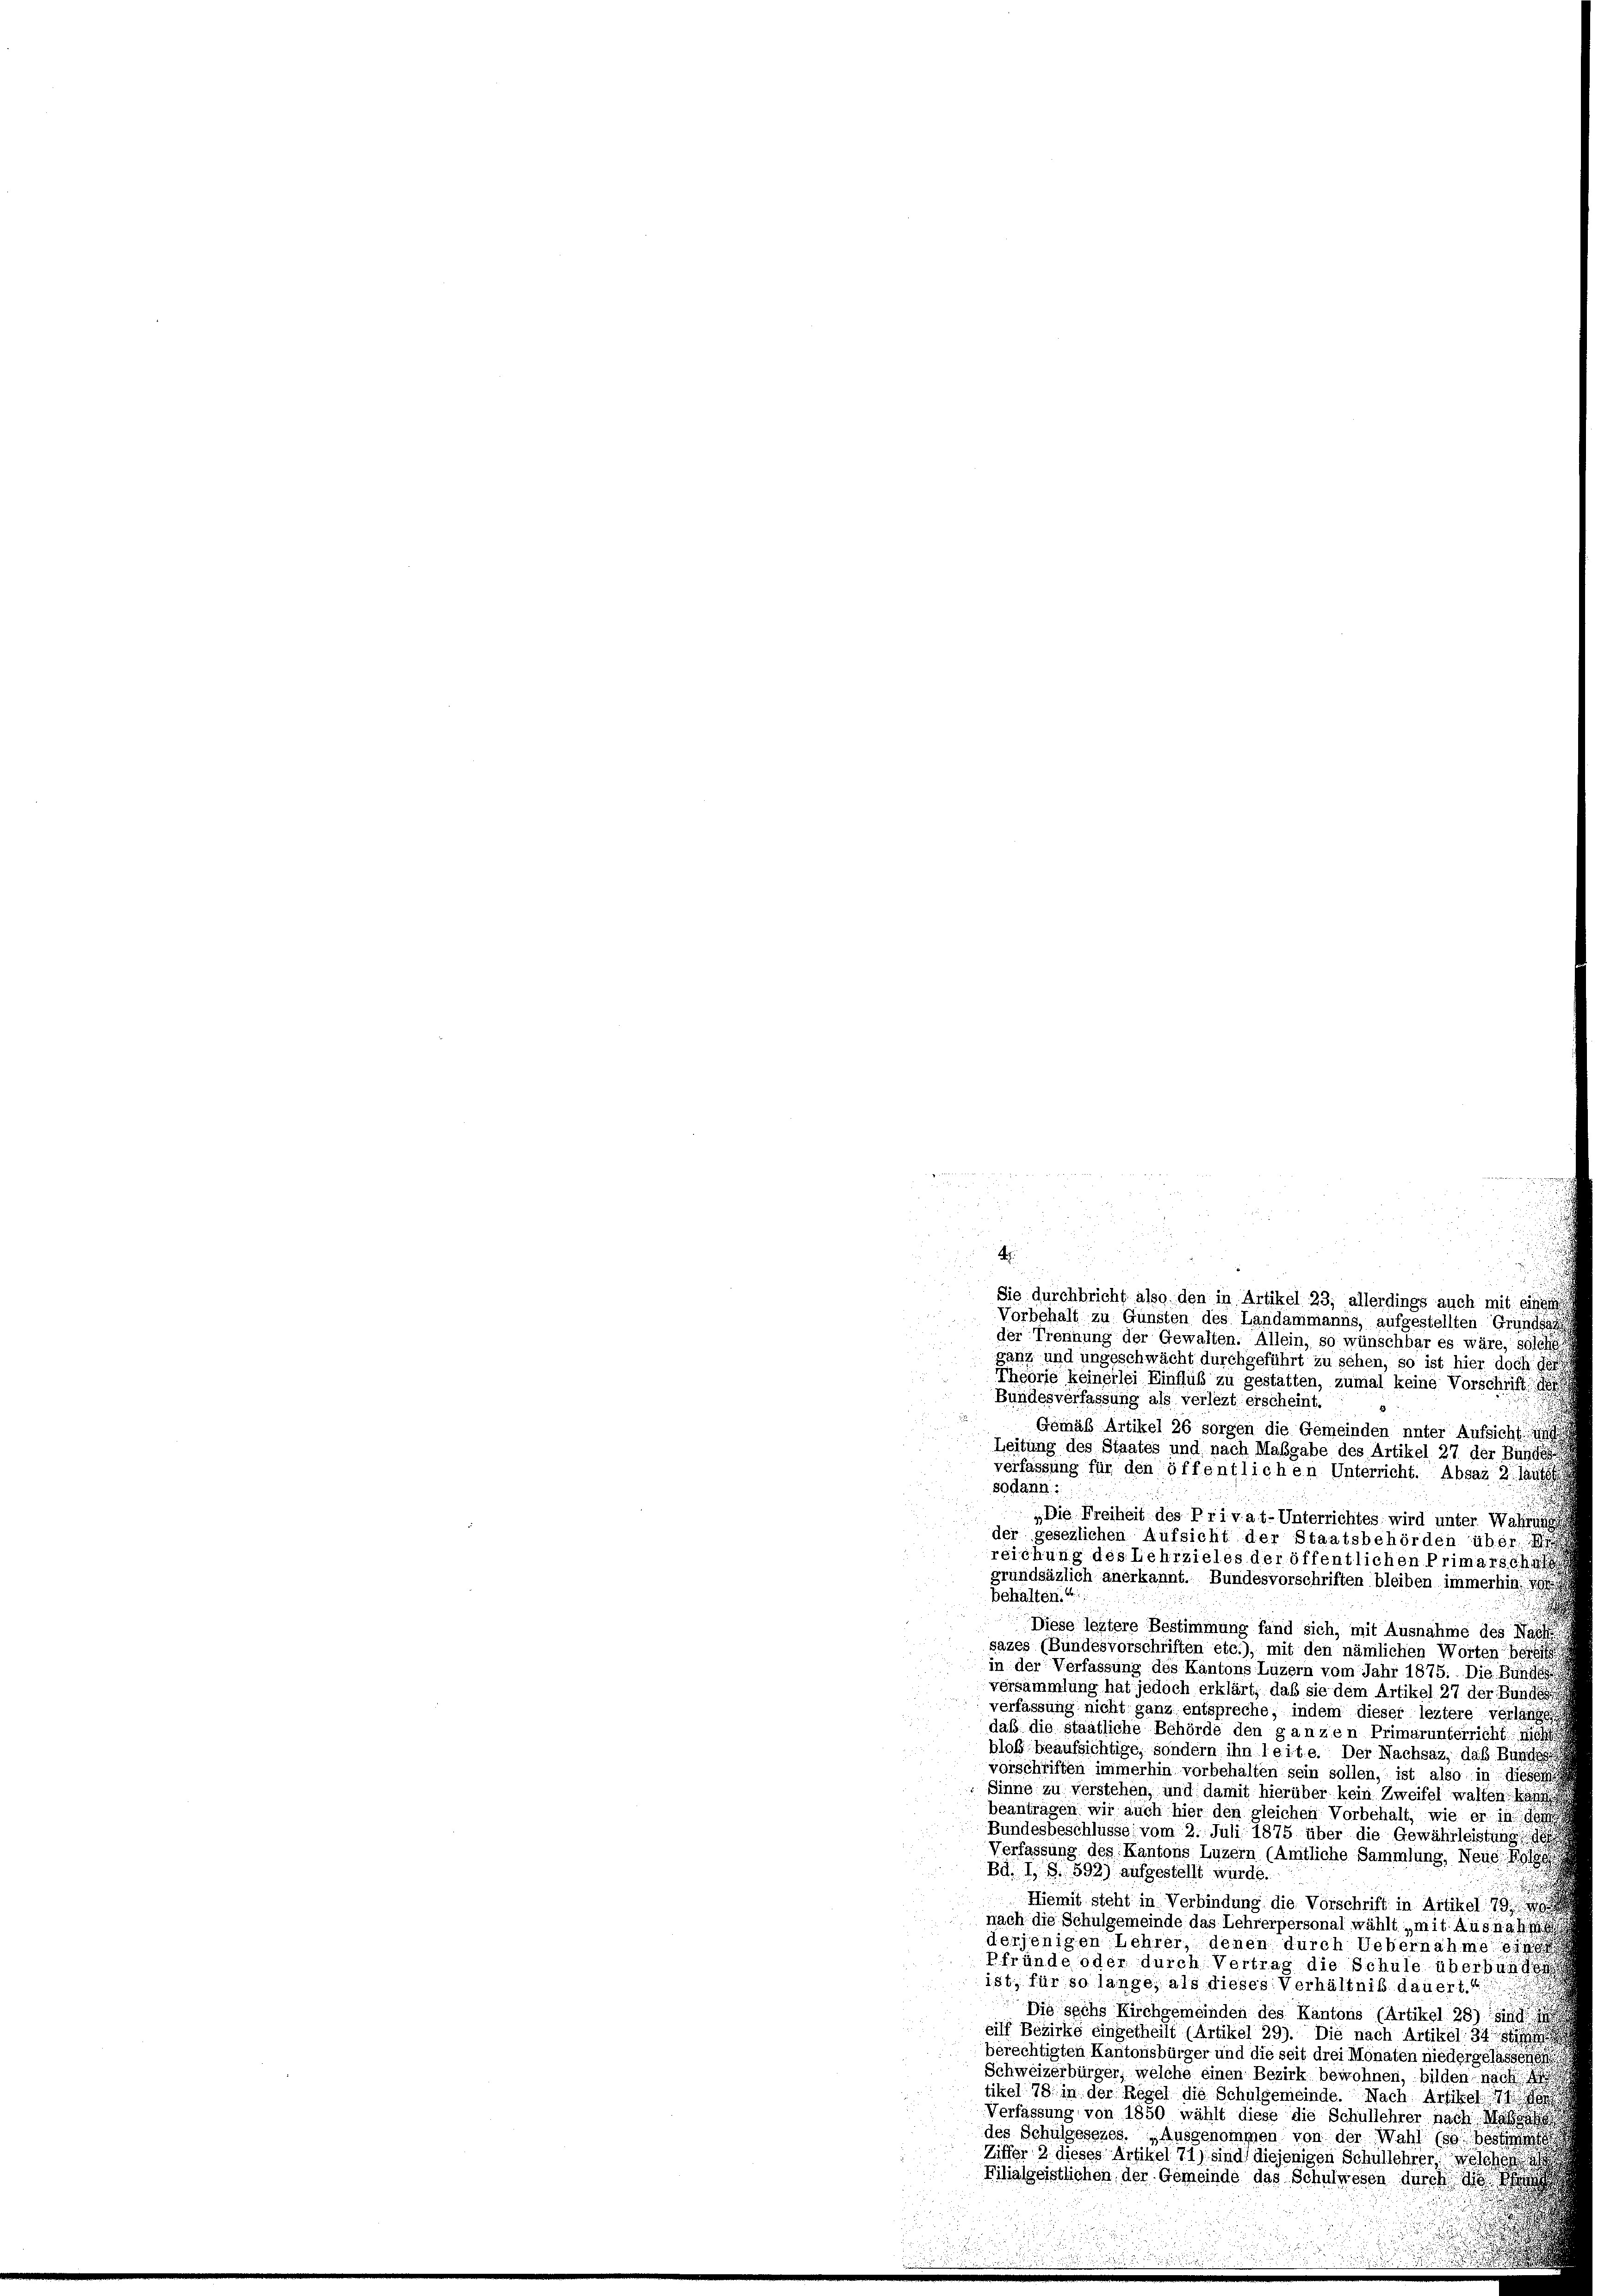
A

u
Sie durchbricht also den in Artikel 23, allerdings auch mit eine
Vorbehalt zu Gunsten des Landammanns, aufgestellten Grundsätz
der Trennung der Gewalten. Allein, so wünschbar es wäre, solche
ganz und ungeschwächt durchgeführt zu sehen, so ist hier doch des
Theorie keinerlei Einfluß zu gestätten, zumal keine Vorschrift de
Bundesverfassung als verlezt erscheint.
Gemäß Artikel 26 sorgen die Gemeinden unter Aufsicht
Leitung des Staates und nach Maßgabe des Artikel 27 der Bünde
verfassung für den öffentlichen Unterricht. Absaz 2. laute
sodann:
* Die Freiheit des Privat-Unterrichtes wird unter Wasse
der gesezlichen Aufsicht der Staatsbehörden über
reichung des Lehrzieles der öffentlichen Primarschi
grundsäzlich anerkannt. Bundesvorschriften bleiben immerhin d
behalten.“

Diese leztere Bestimmung fand sich, mit Ausnahme des
sazes (Bundesvorschriften etc.), mit den nämlichen Worten se
in der Verfassung des Kantons Luzern vom Jahr 1875. Die Bunde
versammlung hat jedoch erklärt, daß sie dem Artikel 27 der Bunde
verfassung nicht ganz entspreche, indem dieser leztere verlängst
daß die staatliche Behörde den ganzen Primarunterricht mi
bloß beaufsichtige, sondern ihn leite. Der Nachsaz, das Bundes
vorschriften immerhin vorbehalten sein sollen, ist also in diese
Sinne zu verstehen, und damit hierüber kein Zweifel walten: Ba
beantragen wir auch hier den gleichen Vorbehalt, wie er in des
Bundesbeschlüsse, vom 2. Juli 1875 über die Gewährleistung
Verfassung des Kantons Luzern (Amtliche Sammlung, Neue Folge
Bd. I, S. 592) aufgestellt wurde.

Hiemit steht in Verbindung die Vorschrift in Artikel 7
nach die Schulgemeinde das Lehrerpersonal wählt mit Ausnah
derjenigen Lehrer, denen durch Uebernahme o
Pfründe oder durch Vertrag die Schule überbundes
ist; für so lange, als dieses Verhältnis dauerte
Die sechs Kirchgemeinden des Kantons (Artikel 28)
eilf Bezirke eingetheilt (Artikel 29). Die nach Artikel, 34 des eine
berechtigten Kantonsbürger und die seit drei Monaten niedergelassen
Schweizerbürger, welche einen Bezirk bewohnen, bilden, nach
tikel 79. in der Regel die Schulgemeinde. Nach Artikel
Verfassung von 1850 wählt diese die Schullehrer nach Mas
des Schulgesezes. „Ausgenommen von der Wahl (so besti
Ziffer 2 dieses Artikel 71) sind diejenigen Schullehrer, welche
Filialgeistlichen, der Gemeinde das Schulwesen durch d